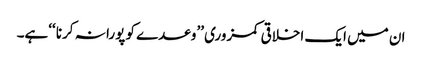
ان میں ایک اخلاقی کمزوری ’’وعدے کو پورا نہ کرنا ‘‘ہے۔